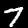
Digit: 7